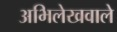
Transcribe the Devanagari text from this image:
अभिलेखवाले